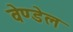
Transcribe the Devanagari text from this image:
वेण्डेल